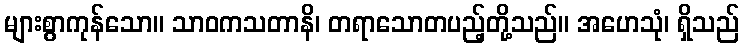
များစွာကုန်သော။ သာဝကသတာနိ၊ တရာသောတပည့်တို့သည်။ အဟေသုံ၊ ရှိသည်